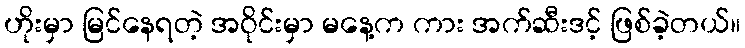
ဟိုးမှာ မြင်နေရတဲ့ အဝိုင်းမှာ မနေ့က ကား အက်ဆီးဒင့် ဖြစ်ခဲ့တယ်။